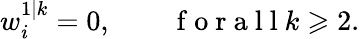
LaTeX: w_{i}^{1|k}=0,\qquad\mathrm{~f~o~r~a~l~l~}k\geqslant 2.